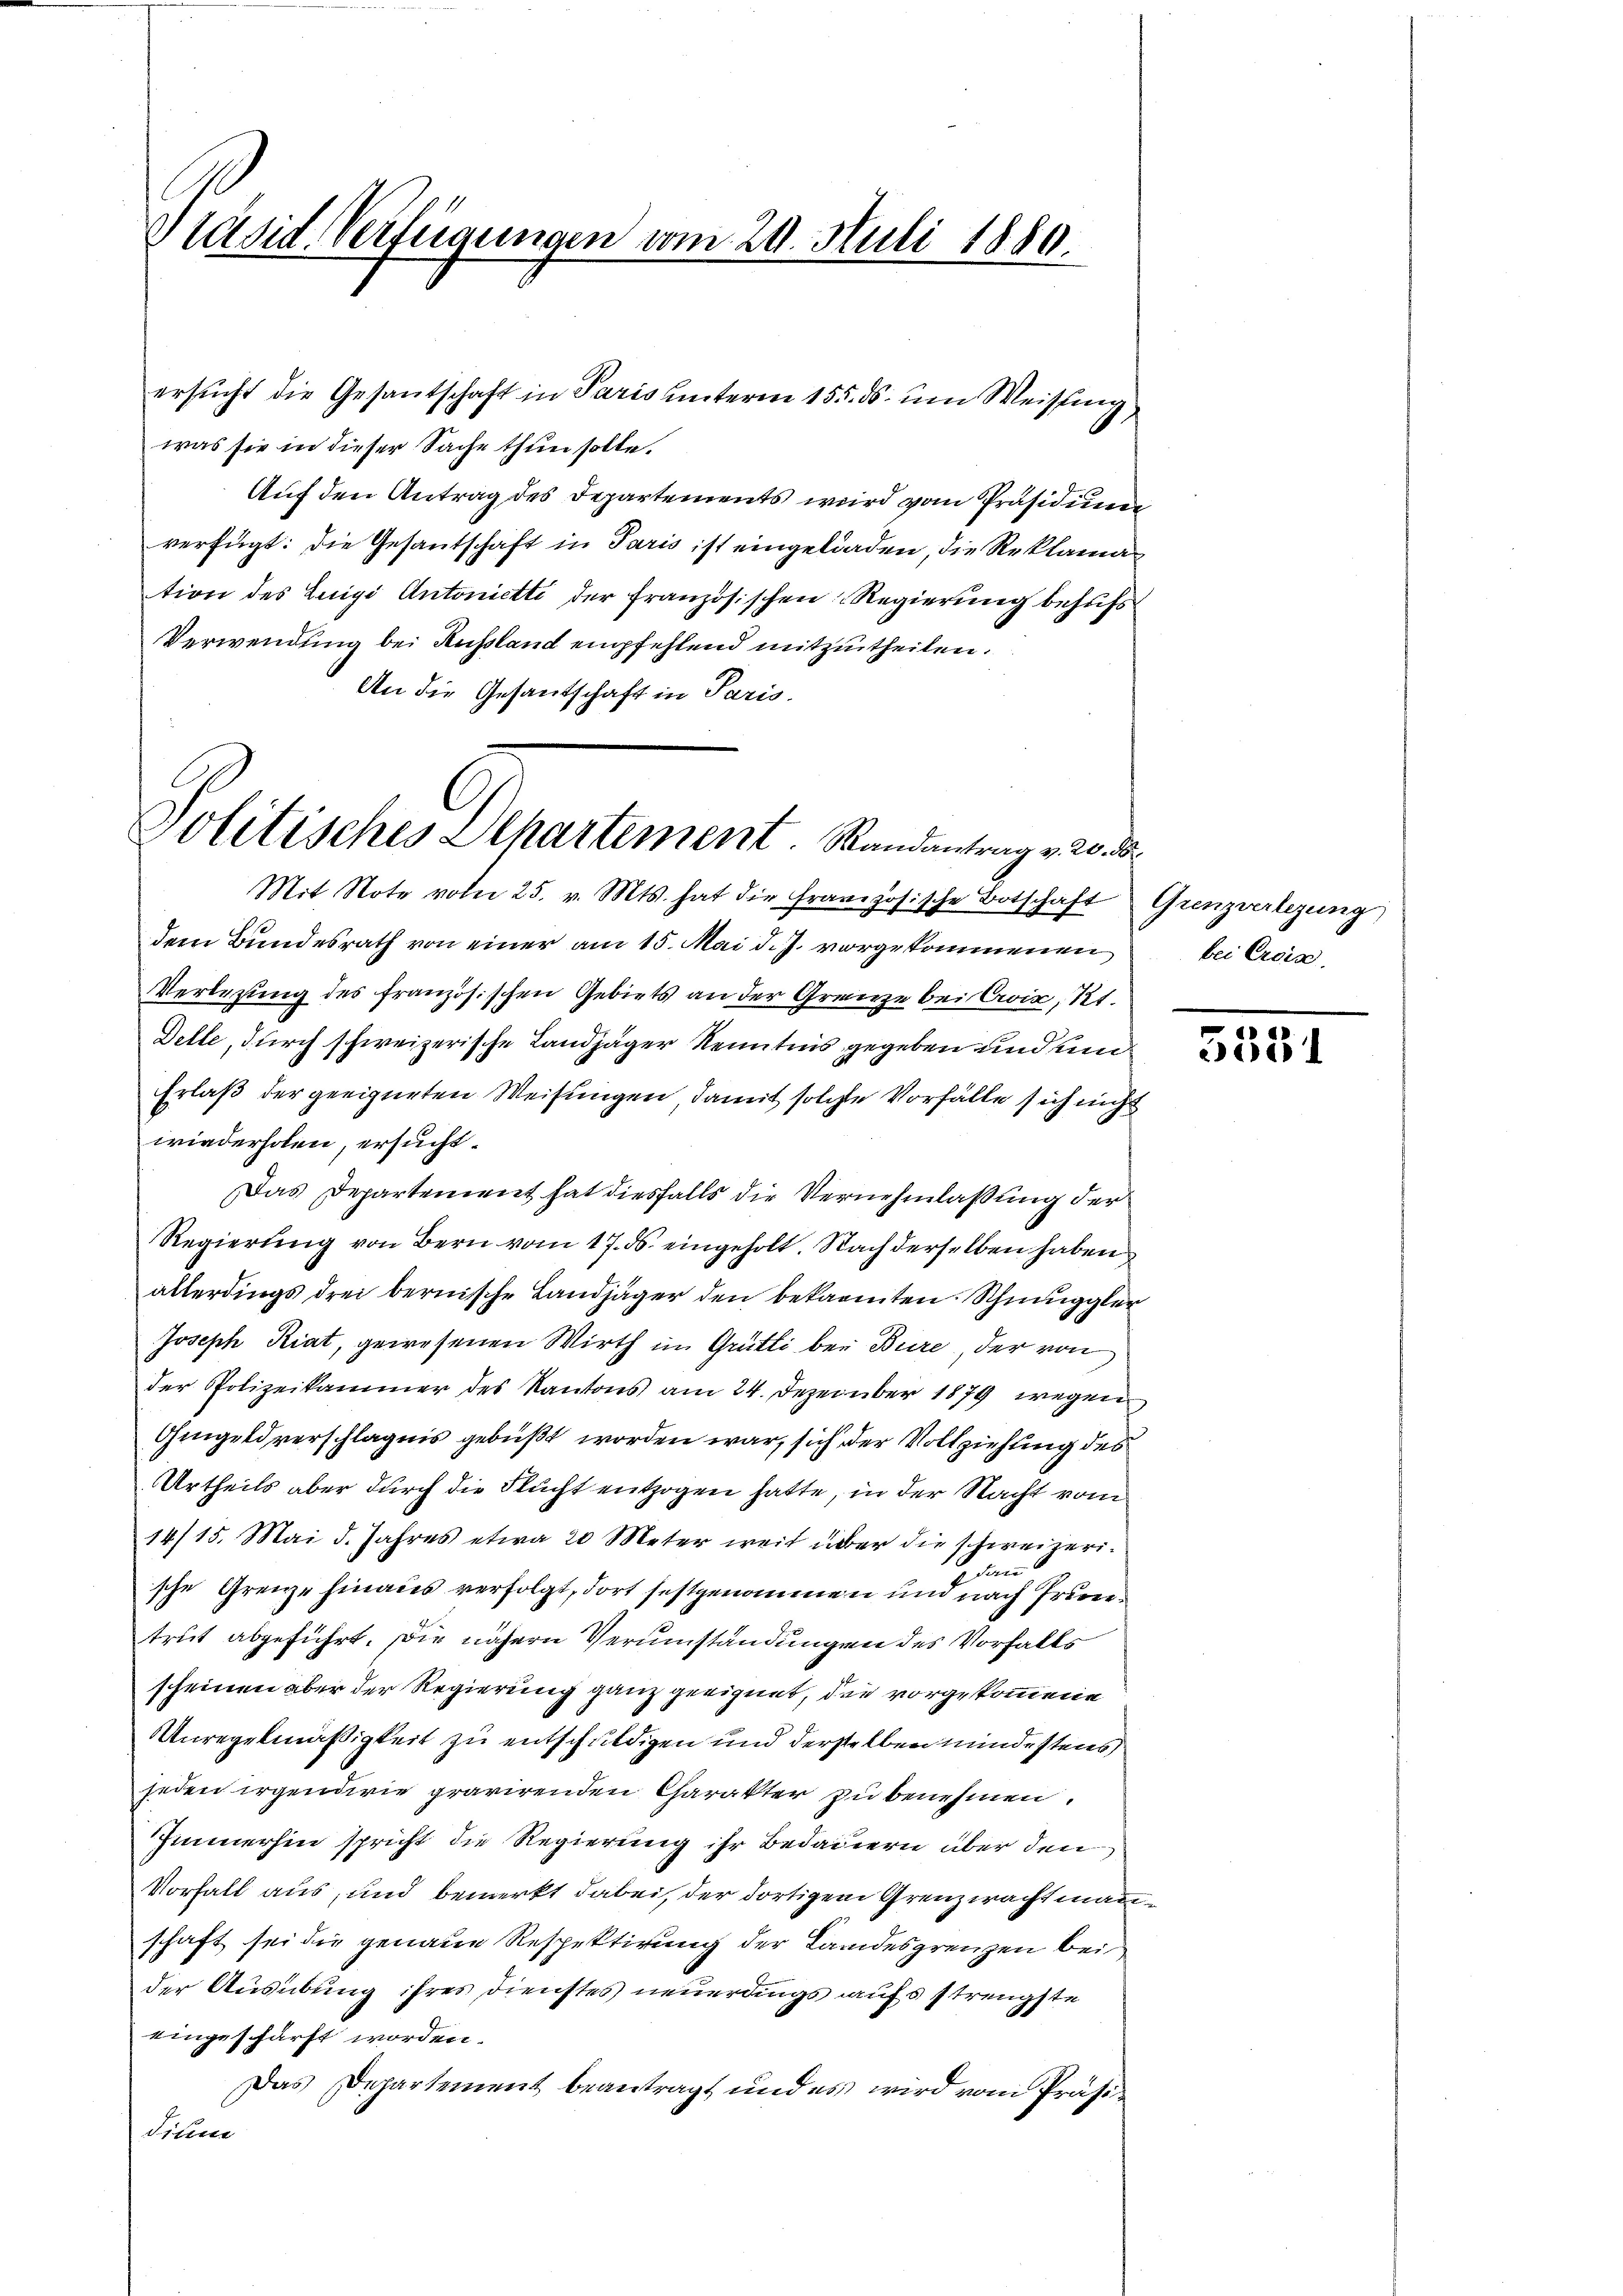
Präsid. Verfügungen vom 20. Juli 1880.

was sie in dieser Sache thun solle.
Auf den Antrag des Departements wird vom Präsidieren
verfügt: die Gesantschaft in Paris ist eingeladen, die Reklama
tion des Luigi Antoniette der französischen Regierung behufs
Verwendung bei Ausland empfehlend mitzutheilen.
An die Gesandschaft in Paris.

ersucht die Gesantschaft in Paris unterm 155. ds. um Weisung

Politisches Plhartement. Randantrag v. 20. d.

Mit Note vom 25. v. Mts. hat die französische Botschaft Grenzverlegung
dem Bundesrath von einer am 15. Mai d. J. vorgekommenen bei Erric
Verlegung des französischen Gebiets an der Grenze bei Croix, Kt.
Delle, durch schweizerische Landjäger Kenntnis gegeben und un
Erlaß der geeigneten Weisungen damit solche Vorfälle sich nicht
wiederholen, ersucht.
Das Departement hat diesfalls die Vernehmlassung der
Regierung von Bern vom 17. ds. eingeholt. Nach derselben haben
allerdings drei bernische Landjäger den bekannten Schmuggler
Joseph Riat, gewesenen Wirth im Grütli bei Bure, der von
der Polizeikammer des Kantons am 24. Dezember 1879 wegen
Gingeldverschlagnis gebüßt worden war, sich der Vollziehung des
Urtheils aber durch die Flucht entzogen hatte, in der Nacht von
14/15. Mai d. Jahres etwa 20 Meter weit über die schweizeriun
sche Grenze hinaus verfolgt, dort festgenommen und nach Frietrut abgeführt. Die nähern Verumständungen des Vorhalts
scheinen aber der Regierung ganz geeignet, die vorgekommene
Unregelmäßigkeit zu entschuldigen und derselben mindestens
jeden irgendwie gravirenden Charakter zu benehmen.
Immerhin spricht die Regierung ihr Bedauern über den
Vorfall aus, und bemerkt dabei, der dortigem Grenzwacht manschaft sei die genaue Respektirung der Landesgrenzen bei
der Ausübung ihres Dienstes neuerdings aufs strengste
eingeschärft worden.
Das Departement beantragt und es wird vom Präsi¬
Sihine

5531